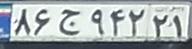
۸۶ج۹۴۲۲۱